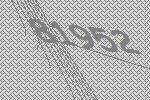
81952